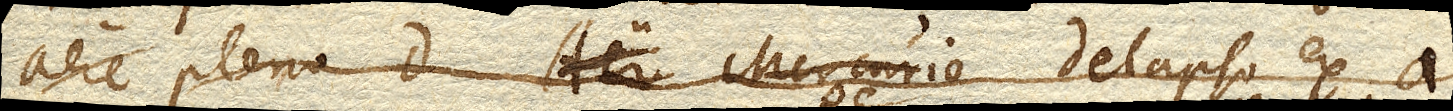
aere pleno D. Aer Mercurio delapso ex A.